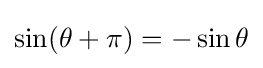
\sin(\theta +\pi )=-\sin \theta